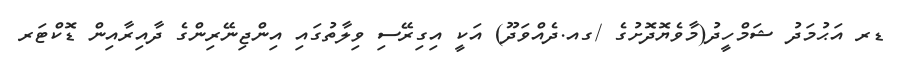
ޑރ އަޙުމަދު ޝަމްހީދު(މާވެޔޮދޮށުގެ /ގއ.ދެއްވަދޫ) އަކީ އިގިރޭސި ވިލާތުގައި އިންޖިނޭރިންގެ ދާއިރާއިން ޑޮކްޓަރ